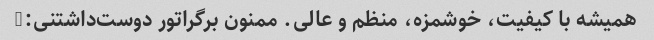
همیشه با کیفیت، خوشمزه، منظم و عالی. ممنون برگراتور دوست‌داشتنی:)